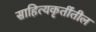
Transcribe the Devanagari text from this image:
साहित्यकृतींतील